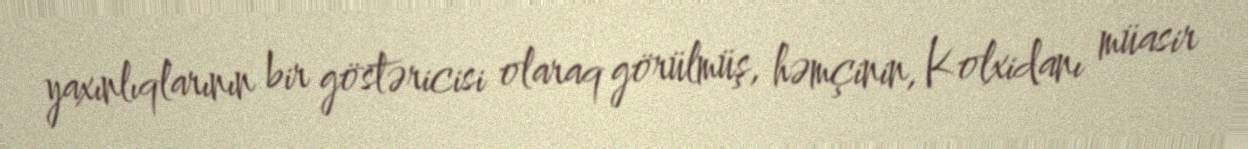
yaxınlıqlarının bir göstəricisi olaraq görülmüş, həmçinin, Kolxidanı müasir